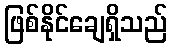
ဖြစ်နိုင်ချေရှိသည်